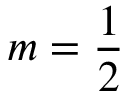
m = { \frac { 1 } { 2 } }